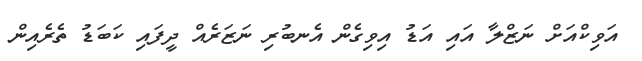
އަވިކްއަށް ނަޒްލާ އައި އަޑު އިވިގެން އެނބުރި ނަޒަރެއް ދީފައި ކަބަޑު ތެރެއިން